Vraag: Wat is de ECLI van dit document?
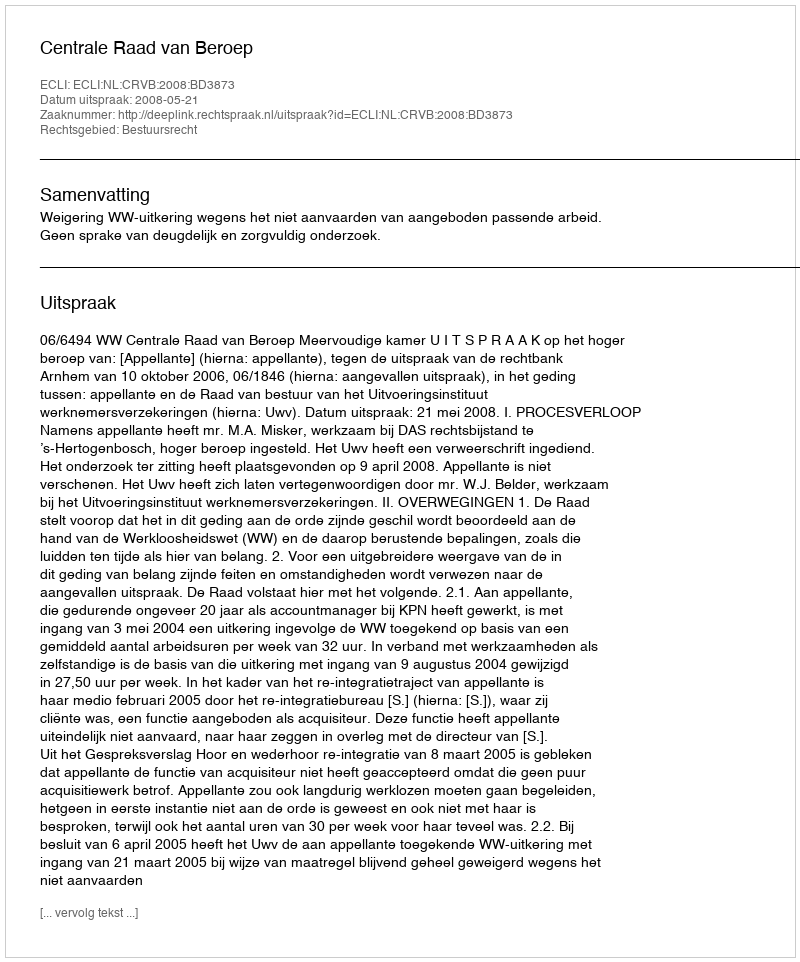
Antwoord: ECLI:NL:CRVB:2008:BD3873